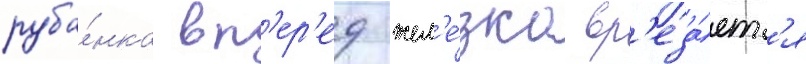
руба́нка вп'ер'ед жел'е́зка вр'еза́етс'я